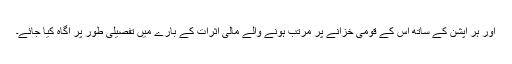
اور ہر آپشن کے ساتھ اس کے قومی خزانے پر مرتب ہونے والے مالی اثرات کے بارے میں تفصیلی طور پر آگاہ کیا جائے۔